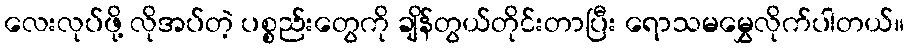
လေးလုပ်ဖို့ လိုအပ်တဲ့ ပစ္စည်းတွေကို ချိန်တွယ်တိုင်းတာပြီး ရောသမမွှေလိုက်ပါတယ်။